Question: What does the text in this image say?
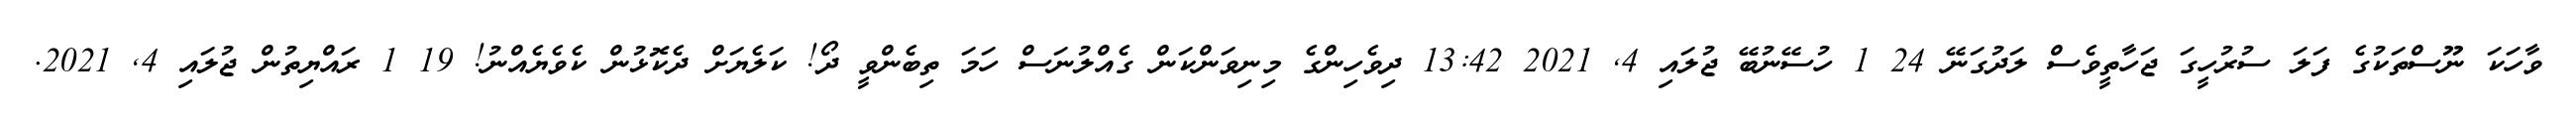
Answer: ވާހަކަ ނޫސްތަކުގެ ފަލަ ސުރުހީގަ ޖަހާތީވެސް ލަދުގަނޭ 24 1 ހުސޭނުބޭ ޖުލައި 4, 2021 13:42 ދިވެހިންގެ މިނިވަންކަން ގެއްލުނަސް ހަމަ ތިބެންވީ ދޯ! ކަލެޔަށް ދެކޮޅުން ކެވެޔެއްނު! 19 1 ރައްޔިތުން ޖުލައި 4, 2021.